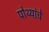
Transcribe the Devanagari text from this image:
पोथ्यांचे